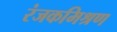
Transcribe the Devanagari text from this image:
रंजकमिश्रण